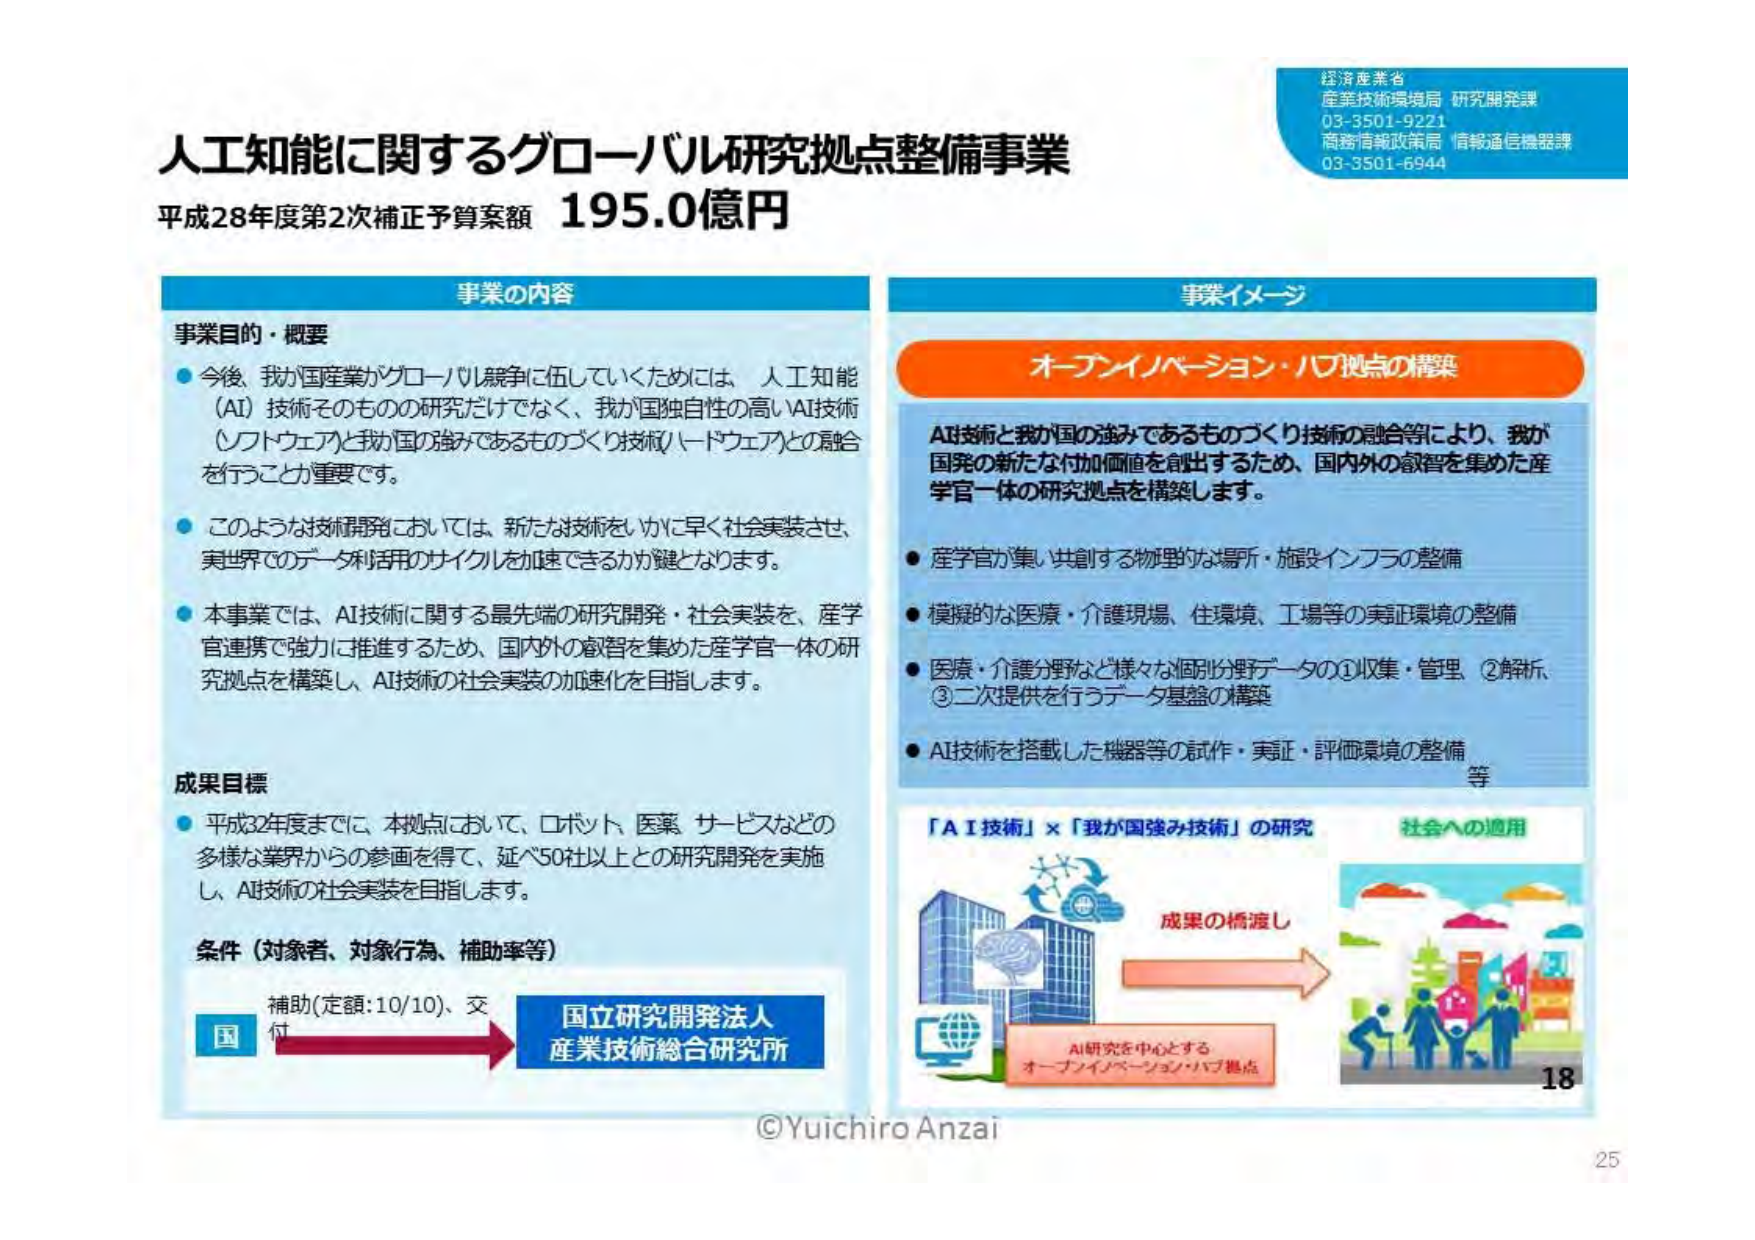
人工知能に関するグローバル研究拠点整備事業
平成28年度第2次補正予算案額 195.0億円

経済産業省
産業技術環境局 研究開発課
03-3501-9221
商務情報政策局 情報通信機器課
03-3501-6944

事業の内容

事業目的・概要
● 今後、我が国産業がグローバル競争に伍していくためには、人工知能（AI）技術そのものの研究だけでなく、我が国独自性の高いAI技術（ソフトウェア）と我が国の強みであるものづくり技術（ハードウェア）との融合を行うことが重要です。
● このような技術開発においては、新たな技術をいかに早く社会実装させ、実世界でのデータ利用のサイクルを加速できるかが鍵となります。
● 本事業では、AI技術に関する最先端の研究開発・社会実装を、産学官連携で強力に推進するため、国内外の知恵を集めた産学官一体の研究拠点を構築し、AI技術の社会実装の加速化を目指します。

成果目標
● 平成32年度までに、本拠点において、ロボット、医薬、サービスなどの多様な業界からの参画を得て、延べ50以上との研究開発を実施し、AI技術の社会実装を目指します。

条件（対象者、対象行為、補助率等）
補助（定額：10/10）、交付
国 → 国立研究開発法人 産業技術総合研究所

事業イメージ

オープンイノベーション・ハブ拠点の構築
AI技術と我が国の強みであるものづくり技術の融合等により、我が国発の新たな付加価値を創出するため、国内外の知恵を集めた産学官一体の研究拠点を構築します。
● 産学官が集い共創する物理的な場所・施設インフラの整備
● 模擬的な医療・介護現場、住環境、工場等の実証環境の整備
● 医療・介護分野など様々な個別分野データの①収集・管理、②解析、③二次提供を行うデータ基盤の構築
● AI技術を搭載した機器等の試作・実証・評価環境の整備
等

「AI技術」×「我が国強み技術」の研究
社会への適用
成果の橋渡し
AI研究を中心とする
オープンイノベーション・ハブ拠点

©Yuichiro Anzai
18
25